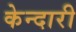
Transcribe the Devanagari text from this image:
केन्दारी